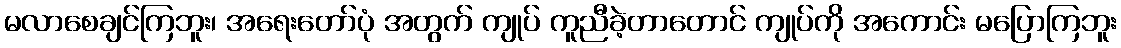
မလာစေချင်ကြဘူး၊ အရေးတော်ပုံ အတွက် ကျုပ် ကူညီခဲ့တာတောင် ကျုပ်ကို အကောင်း မပြောကြဘူး